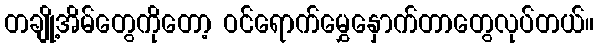
တချို့အိမ်တွေကိုတော့ ဝင်ရောက်မွှေနှောက်တာတွေလုပ်တယ်။